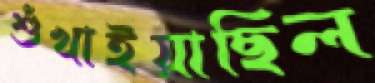
শুঁখাইয়াছিল